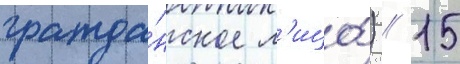
гражда́нское л'ицо́) // 15